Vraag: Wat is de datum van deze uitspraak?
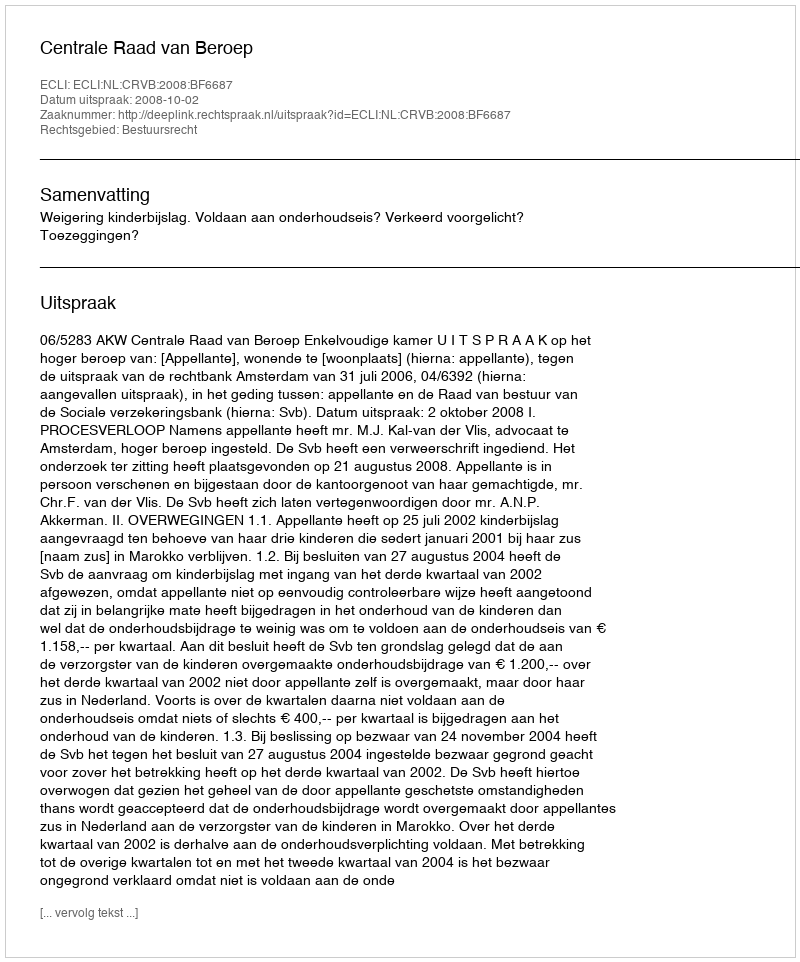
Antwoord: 2008-10-02